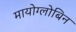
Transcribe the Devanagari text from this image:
मायोग्लोबिन